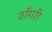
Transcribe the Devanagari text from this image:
वाँगरी